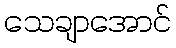
သေချာအောင်